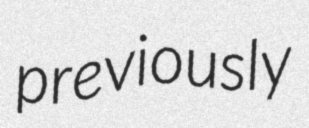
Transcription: previously